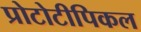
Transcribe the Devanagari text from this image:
प्रोटोटीपिकल